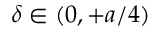
\delta \in ( 0 , + a / 4 )